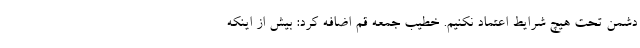
دشمن تحت هیچ شرایط اعتماد نکنیم. خطیب جمعه قم اضافه کرد: بیش از اینکه